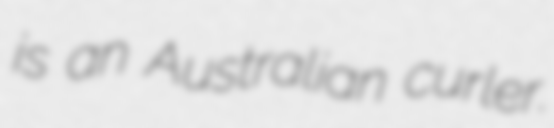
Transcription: is an Australian curler.